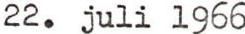
22. juli l966